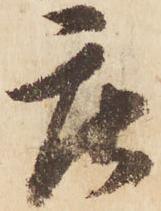
庄